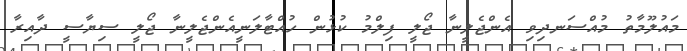
މައުލޫމާތު މުއްސަނދިވި އެންޖެލީނާ ޖޯލީ ފިލްމު ކުޅުން ހުއްޓާލަނީއެންޖެލީނާ ޖޯލީ ސިޔާސީ ދާއިރާ